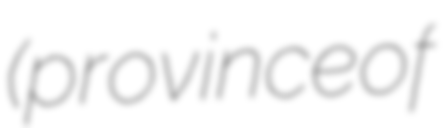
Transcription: (province of